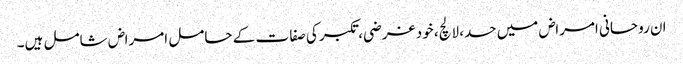
ان روحانی امراض میں حسد، لالچ، خود غرضی، تکبر کی صفا ت کے حامل امراض شامل ہیں۔